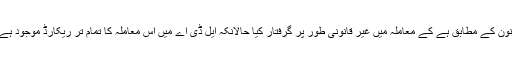
نیب نے 34سال پرانی اراضی جس کا معاہدہ قانون کے مطابق ہے کے معاملہ میں غیر قانونی طور پر گرفتار کیا حالانکہ ایل ڈی اے میں اس معاملہ کا تمام تر ریکارڈ موجود ہے اور اس ریکارڈ میں ہیرا پھیری نہیں ہو سکتی۔